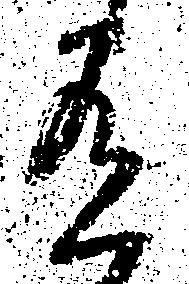
有